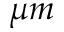
\mu m